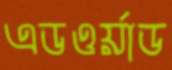
এডওর্য়াড